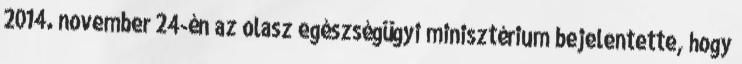
2014. november 24-én az olasz egészségügyi minisztérium bejelentette, hogy